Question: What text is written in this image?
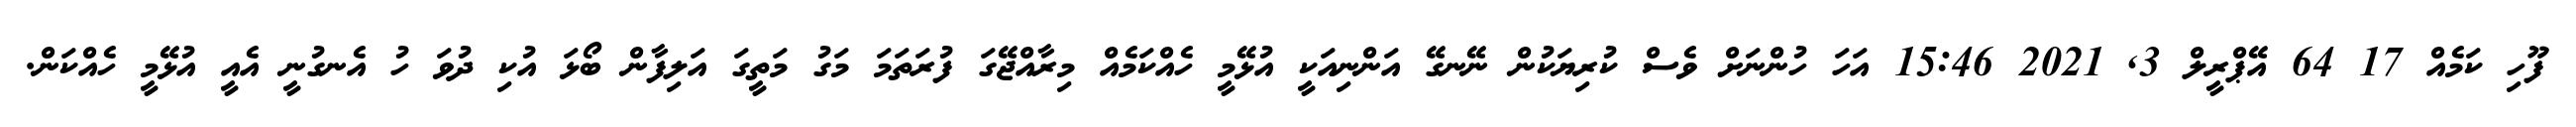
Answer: ފޫހި ކަމެއް 17 64 އޭޕްރީލް 3, 2021 15:46 އަހަ ހުންނަށް ވެސް ކުރިޔަކުން ނޭނގޭ އަންނިއަކީ އުޅޭމީ ހެއްކަމެއް މިރާއްޖޭގަ ފުރަތަމަ މަގު މަތީގަ އަލިފާން ބޯޅަ އުކި ދުވަ ހު އެނގުނީ އެއީ އުޅޭމީ ހެއްކަން.